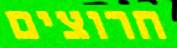
חרוצים